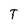
Character: T